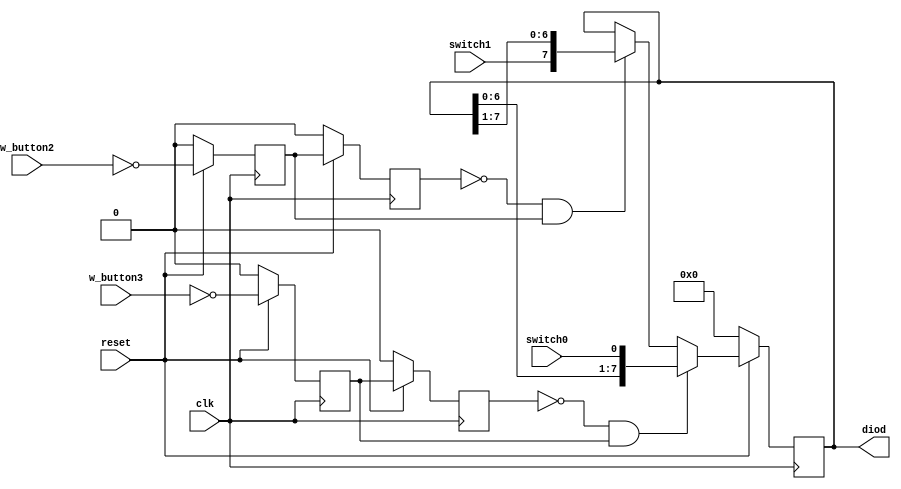
//`include "decypher.v"

module sdvig(
    input clk,
    input reset,
    input w_button2,
    input w_button3,
    input switch0,
    input switch1,
    output [7:0] diod
);


reg [7:0] memory;

genvar i;
generate
    for(i = 0; i < 8; i = i + 1) begin : for1
        assign diod[i] = memory[i];
    end
endgenerate

reg __button2, __button3;
reg _button2, _button3;
wire button2, button3;

assign button2 = ~_button2 & __button2;
assign button3 = ~_button3 & __button3;


always @(posedge clk) begin

    __button2 <= ~reset ? 0 : ~w_button2;
    _button2 <= ~reset ? 0 : __button2;

    __button3 <= ~reset ? 0 : ~w_button3;
    _button3 <= ~reset ? 0 : __button3;
end

always @(posedge clk) begin

    memory <=  ~reset ? 0 :
                button3 ? {memory[6:0], switch0} :
                button2 ? {switch1, memory[7:1]} : memory;
    

end


endmodule